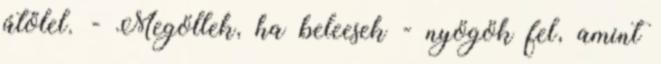
átölel. - Megöllek, ha beleesek - nyögök fel, amint